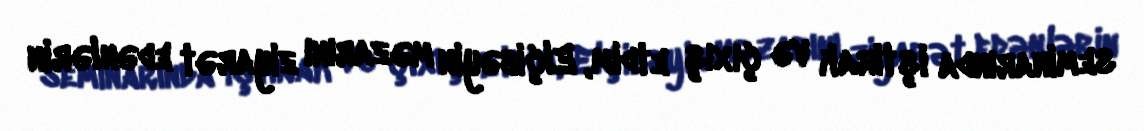
seminarında iştirak və çıxış etdim, Elçibəyin məzarını ziyarət edənlərin